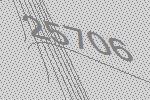
25706